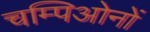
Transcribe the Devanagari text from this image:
चम्पिओनों